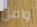
وافل